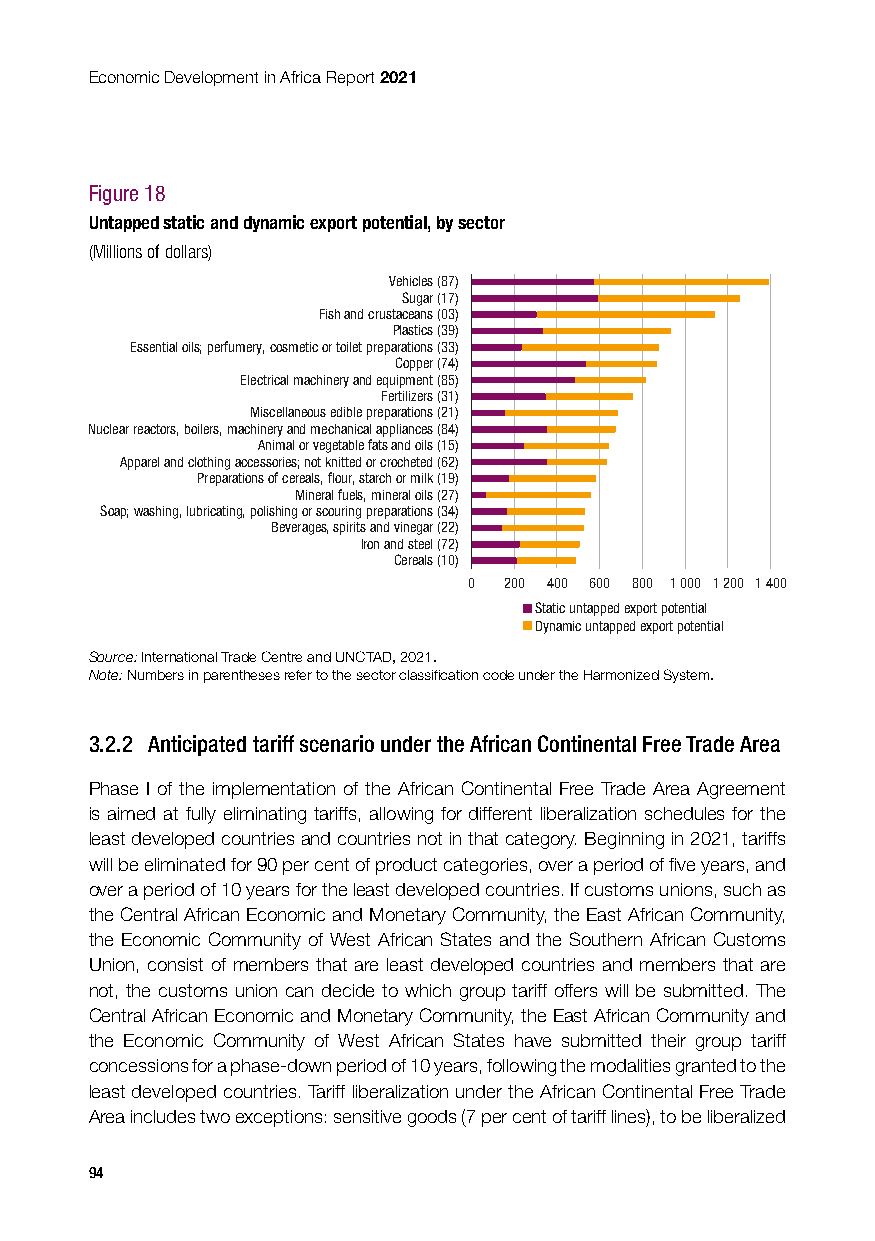
Economic Development in Africa Report 2021
 Figure 18
 Untapped static and dynamic export potential, by sector
 (Millions of dollars)
 Vehicles (87)
 Sugar (17)
 Fish and crustaceans (03)
 Plastics (39)
 Essential oils; perfumery, cosmetic or toilet preparations (33)
 Copper (74)
 Electrical machinery and equipment (85)
 Fertilizers (31)
 Miscellaneous edible preparations (21)
 Nuclear reactors, boilers, machinery and mechanical appliances (84)
 Animal or vegetable fats and oils (15)
 Apparel and clothing accessories; not knitted or crocheted (62)
 Preparations of cereals, flour, starch or milk (19)
 Mineral fuels, mineral oils (27)
 Soap; washing, lubricating, polishing or scouring preparations (34)
 Beverages, spirits and vinegar (22)
 Iron and steel (72)
 Cereals (10)
 0 200 400 600 800 1 000 1 200 1 400
 Static untapped export potential
 Dynamic untapped export potential
 Source: International Trade Centre and UNCTAD, 2021.
 Note: Numbers in parentheses refer to the sector classification code under the Harmonized System.
 3.2.2 Anticipated tariff scenario under the African Continental Free Trade Area
 Phase I of the implementation of the African Continental Free Trade Area Agreement
 is aimed at fully eliminating tariffs, allowing for different liberalization schedules for the
 least developed countries and countries not in that category. Beginning in 2021, tariffs
 will be eliminated for 90 per cent of product categories, over a period of five years, and
 over a period of 10 years for the least developed countries. If customs unions, such as
 the Central African Economic and Monetary Community, the East African Community,
 the Economic Community of West African States and the Southern African Customs
 Union, consist of members that are least developed countries and members that are
 not, the customs union can decide to which group tariff offers will be submitted. The
 Central African Economic and Monetary Community, the East African Community and
 the Economic Community of West African States have submitted their group tariff
 concessions for a phase-down period of 10 years, following the modalities granted to the
 least developed countries. Tariff liberalization under the African Continental Free Trade
 Area includes two exceptions: sensitive goods (7 per cent of tariff lines), to be liberalized
 94